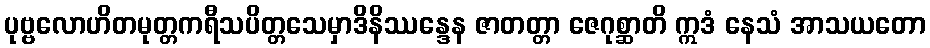
ပုဗ္ဗလောဟိတမုတ္တကရီသပိတ္တသေမှာဒိနိဿန္ဒေန ဇာတတ္တာ ဇေဂုစ္ဆာတိ ဣဒံ နေသံ အာသယတော